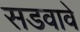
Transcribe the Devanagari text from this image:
सडवावे